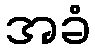
အခံ